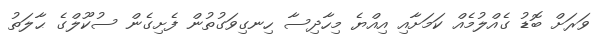
ވަރަށް ބޮޑު ގެއްލުމެއް ކަމަށާއި އިއްޔެ މިހާދިސާ ހިނގިވަގުތުން ފެށިގެން ސުކޫލްގެ ޙާލަތު